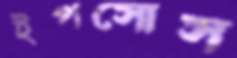
ইপসোস